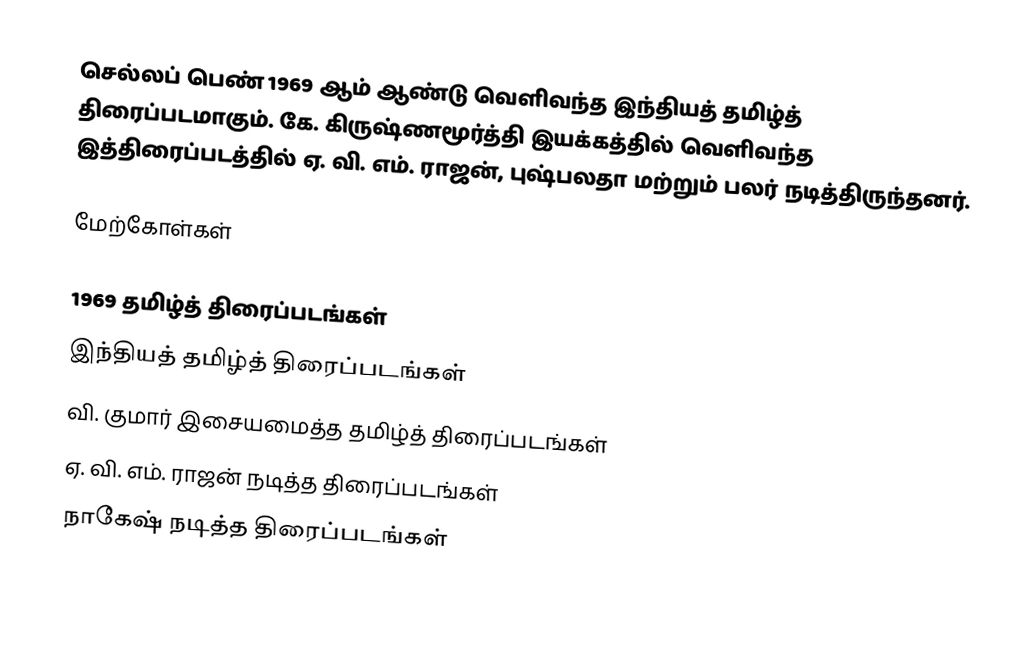
செல்லப் பெண் 1969 ஆம் ஆண்டு வெளிவந்த இந்தியத் தமிழ்த் திரைப்படமாகும். கே. கிருஷ்ணமூர்த்தி இயக்கத்தில் வெளிவந்த இத்திரைப்படத்தில் ஏ. வி. எம். ராஜன், புஷ்பலதா மற்றும் பலர் நடித்திருந்தனர்.

மேற்கோள்கள்

1969 தமிழ்த் திரைப்படங்கள்
இந்தியத் தமிழ்த் திரைப்படங்கள்
வி. குமார் இசையமைத்த தமிழ்த் திரைப்படங்கள்
ஏ. வி. எம். ராஜன் நடித்த திரைப்படங்கள்
நாகேஷ் நடித்த திரைப்படங்கள்